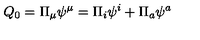
Q _ { 0 } = \Pi _ { \mu } \psi ^ { \mu } = \Pi _ { i } \psi ^ { i } + \Pi _ { a } \psi ^ { a }